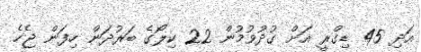
އަދި 45 ޑިގްރީ އަށް ގުދުވުމުން 22 ކިލޯގެ ބަރުދަން ހިފަން ޖެހެ